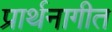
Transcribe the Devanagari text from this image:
प्रार्थनागीत